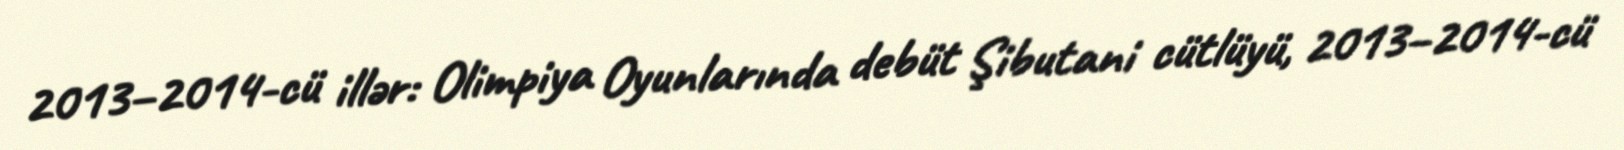
2013–2014-cü illər: Olimpiya Oyunlarında debüt Şibutani cütlüyü, 2013–2014-cü